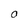
Character: O